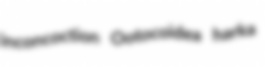
inconcoction Ootocoidea harka